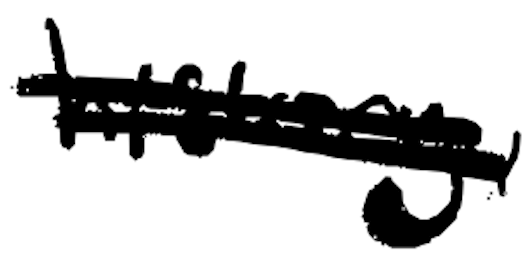
Text: history,
Cross-out: mix
Writing tool: digital_black